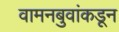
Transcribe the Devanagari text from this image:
वामनबुवांकडून